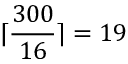
\lceil \frac { 3 0 0 } { 1 6 } \rceil = 1 9